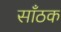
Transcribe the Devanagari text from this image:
साँठक